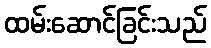
ထမ်းဆောင်ခြင်းသည်